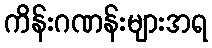
ကိန်းဂဏန်းများအရ